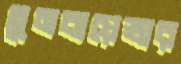
তুনবায়েভার